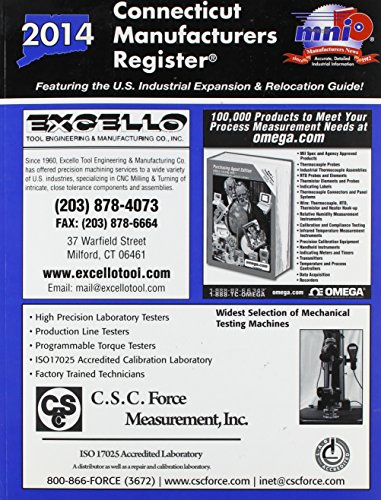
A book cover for Connecticut Manufacturers Register 2014: Featuring the U.s. Industrial Expansion & Relocation Guide!; Reference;